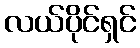
လယ်ပိုင်ရှင်